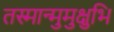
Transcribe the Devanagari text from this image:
तस्मान्मुमुक्षुभि